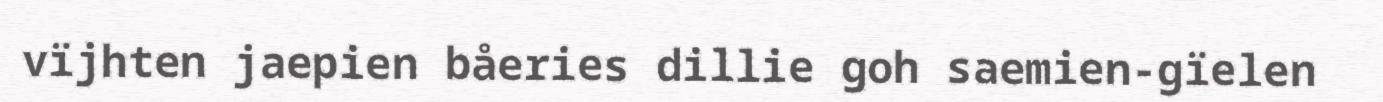
vïjhten jaepien båeries dillie goh saemien-gïelen